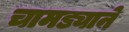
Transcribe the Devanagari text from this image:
चामड्याने